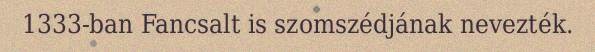
1333-ban Fancsalt is szomszédjának nevezték.